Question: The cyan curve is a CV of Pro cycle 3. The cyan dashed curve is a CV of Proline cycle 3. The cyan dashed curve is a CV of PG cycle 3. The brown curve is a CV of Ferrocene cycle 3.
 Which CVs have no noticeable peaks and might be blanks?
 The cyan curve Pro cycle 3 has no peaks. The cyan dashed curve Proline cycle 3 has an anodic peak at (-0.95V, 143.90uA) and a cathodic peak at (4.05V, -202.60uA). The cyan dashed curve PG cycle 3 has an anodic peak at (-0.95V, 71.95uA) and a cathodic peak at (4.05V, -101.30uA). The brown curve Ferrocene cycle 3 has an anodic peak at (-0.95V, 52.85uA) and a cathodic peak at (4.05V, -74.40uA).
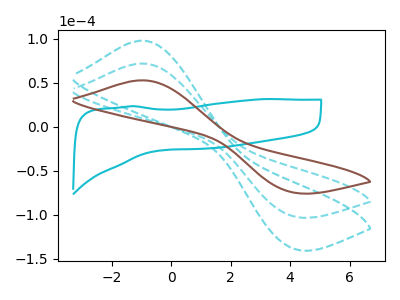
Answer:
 <answer>"Pro cycle 3" is likely to be a blank.</answer>
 <eval>Pro cycle 3</eval>